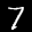
Digit: 7